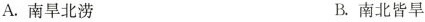
A.南旱北涝 B.南北皆旱